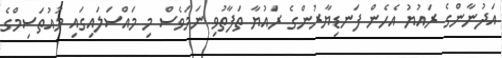
އަދުނާންގެ ރައުޔު އެހެން ފަނޑިޔާރުންގެ ރައުޔާ ތަފާތުވި ނަމަވެސް މި މައްސަލައިގައި މުއުތަސިމްގެ